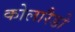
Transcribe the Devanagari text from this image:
कोलारैडो